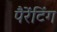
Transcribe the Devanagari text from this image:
पैरेंटिंग